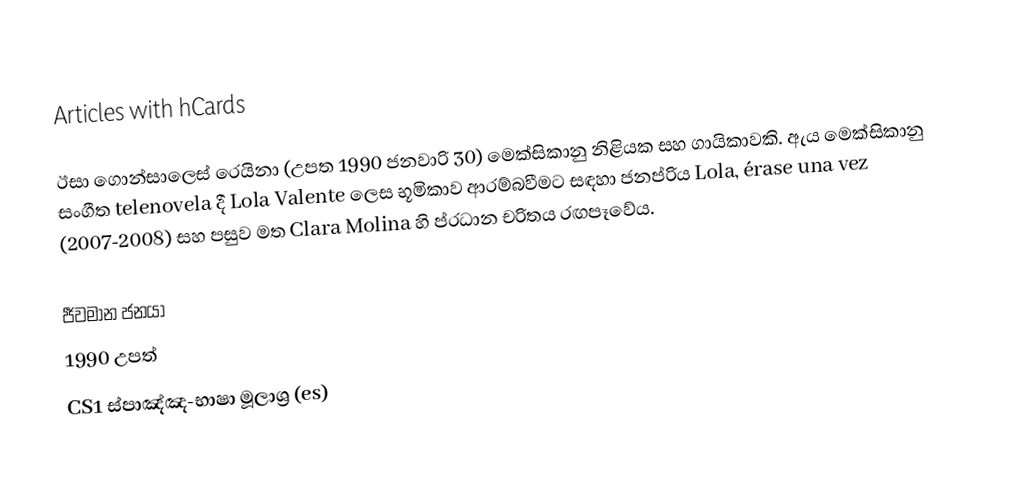
Articles with hCards

ඊසා ගොන්සාලෙස් රෙයිනා (උපත 1990 ජනවාරි 30) මෙක්සිකානු නිළියක සහ ගායිකාවකි. ඇය මෙක්සිකානු සංගීත telenovela දී Lola Valente ලෙස භූමිකාව ආරම්බවීමට සඳහා ජනප්රිය Lola, érase una vez (2007-2008) සහ පසුව මත Clara Molina හි ප්රධාන චරිතය රඟපෑවේය.

ජීවමාන ජනයා
1990 උපත්
CS1 ස්පාඤ්ඤ-භාෂා මූලාශ්‍ර (es)